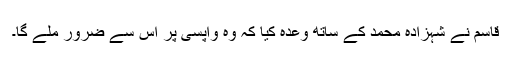
قاسم نے شہزادہ محمد کے ساتھ وعدہ کیا کہ وہ واپسی پر اس سے ضرور ملے گا۔